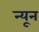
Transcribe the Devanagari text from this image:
न्‍यून